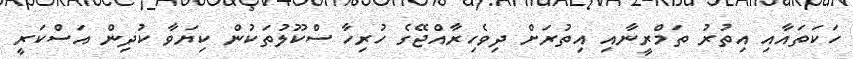
ހަކަތައާއި އިތުރު ތަމްރީނާއި އިތުރަށް ދިވެހިރާއްޖޭގެ ހުރިހާ ސްކޫލުތަކުން ކިޔަވާ ކުދިން އަސްކަރީ